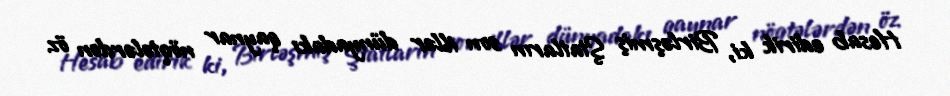
Hesab edirik ki, Birləşmiş Ştatların son illər dünyadakı qaynar nöqtələrdən öz